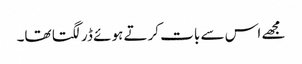
مجھے اس سے بات کرتے ہوئے ڈر لگتا تھا۔